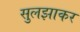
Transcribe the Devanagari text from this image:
सुलझाकर